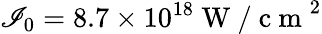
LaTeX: \mathscr{I}_{0}=8.7\times10^{18}\mathrm{{~W~/~c~m~}}^{2}